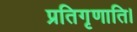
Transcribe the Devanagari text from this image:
प्रतिगृणाति।